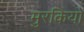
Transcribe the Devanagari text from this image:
मुरकियों